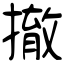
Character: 撤